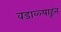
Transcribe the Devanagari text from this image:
वडाळ्याहून